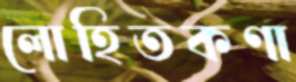
লোহিতকণা